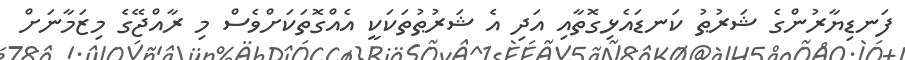
ފަނޑިޔާރުންގެ ޝަރުޠު ކަނޑައެޅިގޮތާއި އަދި އެ ޝަރުޠުތަކަކީ އެއްގޮތަކަށްވެސް މި ރާއްޖޭގެ މިޒަމާނަށް